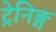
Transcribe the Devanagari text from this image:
ट्रेनिङ्ग